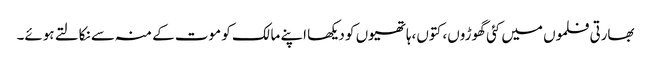
بھارتی فلموں میں کئی گھوڑوں، کتوں،ہاتھیوں کو دیکھا اپنے مالک کو موت کے منہ سے نکالتے ہوئے۔